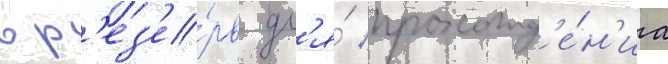
в р'ез'е́рв дл'я́ прохожд'е́н'иа